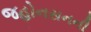
જહોનસનની